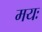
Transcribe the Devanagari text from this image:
मयः